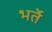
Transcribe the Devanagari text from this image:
भर्ते